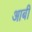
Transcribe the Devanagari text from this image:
आबी